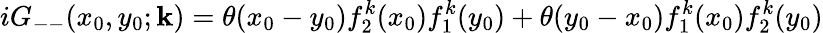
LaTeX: iG_{--}(x_{0},y_{0};{\mathbf k})=\theta(x_{0}-y_{0})f_{2}^{k}(x_{0})f_{1}^{k}(y_{0})+\theta(y_{0}-x_{0})f_{1}^{k}(x_{0})f_{2}^{k}(y_{0})